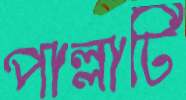
পাল্লাটি